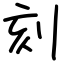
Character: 刻